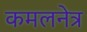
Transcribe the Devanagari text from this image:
कमलनेत्र